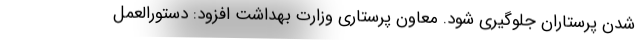
شدن پرستاران جلوگیری شود. معاون پرستاری وزارت بهداشت افزود: دستورالعمل